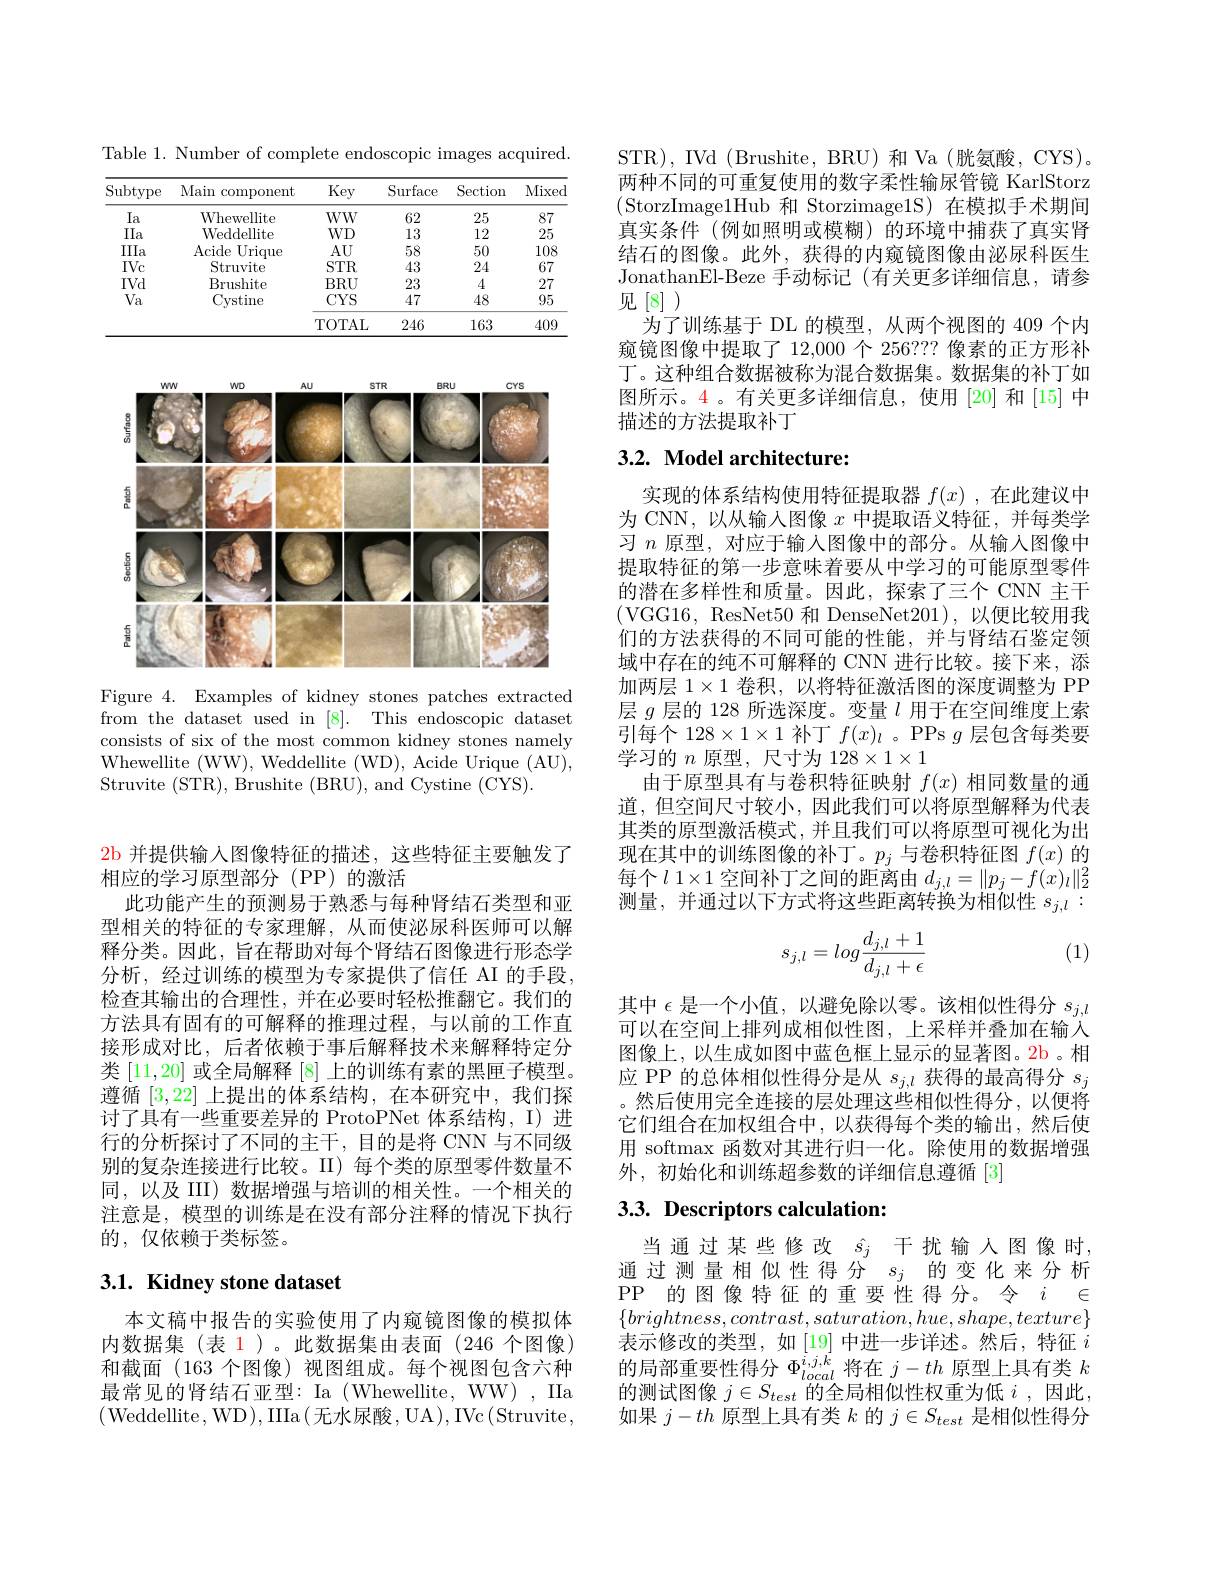
2b 并提供输入图像特征的描述，这些特征主要触发了
相应的学习原型部分(PP)的激活
此功能产生的预测易于熟悉与每种肾结石类型和亚型相关的特征的专家理解，从而使泌尿科医师可以解释分类。因此，旨在帮助对每个肾结石图像进行形态学分析，经过训练的模型为专家提供了信任 AI 的手段， 检查其输出的合理性，并在必要时轻松推翻它。我们的方法具有固有的可解释的推理过程，与以前的工作直接形成对比，后者依赖于事后解释技术来解释特定分类[11,20]或全局解释[8]上的训练有素的黑匣子模型。遵循[3,22]上提出的体系结构，在本研究中，我们探讨了具有一些重要差异的 ProtoPNet 体系结构，I) 进行的分析探讨了不同的主干，目的是将 CNN 与不同级别的复杂连接进行比较。II)每个类的原型零件数量不同，以及 III) 数据增强与培训的相关性。一个相关的注意是，模型的训练是在没有部分注释的情况下执行的，仅依赖于类标签。

# 3.1. Kidney stone dataset

本文稿中报告的实验使用了内窥镜图像的模拟体内数据集 (表 1)。此数据集由表面(246 个图像) 和截面(163 个图像) 视图组成。每个视图包含六种最常见的肾结石亚型：Ia (Whewellite, WW) , IIa (Weddellite,WD),IIIa(无水尿酸，UA),IVc(Struvite,

Table 1. Number of complete endoscopic images acquired.

<table>
	<tbody>
		<tr>
			<th>Subtype</th>
			<th>Main component</th>
			<th>Key</th>
			<th>Surface</th>
			<th>Section</th>
			<th>Mixed</th>
		</tr>
		<tr>
			<td>$Ia$</td>
			<td>Whewellite</td>
			<td>$WW$</td>
			<td>62</td>
			<td>25</td>
			<td>87</td>
		</tr>
		<tr>
			<td>IIa</td>
			<td>Weddellite</td>
			<td>$WD$</td>
			<td>13</td>
			<td>12</td>
			<td>25</td>
		</tr>
		<tr>
			<td>IIIa</td>
			<td>Acide Urique</td>
			<td>$AU$</td>
			<td>58</td>
			<td>50</td>
			<td>108</td>
		</tr>
		<tr>
			<td>IVc</td>
			<td>Struvite</td>
			<td>$STR$</td>
			<td>43</td>
			<td>24</td>
			<td>67</td>
		</tr>
		<tr>
			<td>IVd</td>
			<td>Brushite</td>
			<td>$BRU$</td>
			<td>23</td>
			<td>4</td>
			<td>27</td>
		</tr>
		<tr>
			<td rowspan="2">$Va$</td>
			<td>Cystine</td>
			<td>$CYS$</td>
			<td>47</td>
			<td>48</td>
			<td>95</td>
		</tr>
		<tr>
			<td> </td>
			<td>TOTAL</td>
			<td>246</td>
			<td>163</td>
			<td>409</td>
		</tr>
	</tbody>
</table>

<FigureHere>

Figure 4. Examples of kidney stones patches extracted from the dataset used in [8]. This endoscopic dataset consists of six of the most common kidney stones namely Whewellite (WW),Weddellite (WD),Acide Urique (AU), Struvite (STR), Brushite (BRU), and Cystine (CYS).

STR), IVd (Brushite, BRU) 和 Va (胱氨酸，CYS)。两种不同的可重复使用的数字柔性输尿管镜 KarlStorz (StorzImage1Hub 和 Storzimage1S)在模拟手术期间真实条件 (例如照明或模糊)的环境中捕获了真实肾结石的图像。此外，获得的内窥镜图像由泌尿科医生JonathanEl-Beze 手动标记(有关更多详细信息，请参见[8]
为了训练基于 DL 的模型，从两个视图的 409 个内窥镜图像中提取了 12,000 个 256??? 像素的正方形补丁。这种组合数据被称为混合数据集。数据集的补丁如图所示。4。有关更多详细信息，使用[20]和[15]中描述的方法提取补丁

# 3.2. Model architecture:

实现的体系结构使用特征提取器$f(x)$ ,在此建议中为 CNN, 以从输入图像$x$中提取语义特征，并每类学习$n$原型，对应于输人图像中的部分。从输入图像中提取特征的第一步意味着要从中学习的可能原型零件的潜在多样性和质量。因此，探索了三个 CNN 主干(VGG16, ResNet50 和 DenseNet201),以便比较用我们的方法获得的不同可能的性能，并与肾结石鉴定领域中存在的纯不可解释的 CNN 进行比较。接下来，添加两层$1\times1$卷积，以将特征激活图的深度调整为 PP 层$g$层的 128 所选深度。变量$l$用于在空间维度上索引每个 128$\times1\times1$补丁$f(x)_l$ 。PPs $g$层包含每类要学习的$n$原型，尺寸为 128$\times1\times1$
由于原型具有与卷积特征映射$f(x)$相同数量的通道，但空间尺寸较小，因此我们可以将原型解释为代表其类的原型激活模式，并且我们可以将原型可视化为出现在其中的训练图像的补丁。$p_j$与卷积特征图$f(x)$的每个$l1\times1$ 空间补丁之间的距离由 $d_j,l=\|p_j-f(x)_l\|_2^2$ 测量，并通过以下方式将这些距离转换为相似性$s_{j,l}:$

(1)
$$s_{j,l}=log\frac{d_{j,l}+1}{d_{j,l}+\epsilon}$$
其中$\epsilon$是一个小值，以避免除以零。该相似性得分$s_j,l$ 可以在空间上排列成相似性图，上采样并叠加在输入图像上，以生成如图中蓝色框上显示的显著图。2b。相应 PP 的总体相似性得分是从$s_j,l$获得的最高得分$s_j$ 。然后使用完全连接的层处理这些相似性得分，以便将它们组合在加权组合中，以获得每个类的输出，然后使用 softmax 函数对其进行归一化。除使用的数据增强外，初始化和训练超参数的详细信息遵循[3]

# $3. 3. \textbf{Descriptors calculation: }$

当通过某些修改$\hat{s}_j$干扰输人图像时， 通过测量相似性得分$s_j$的变化来分析PP 的图像特征的重要性得分。令$i\in$ $\{brightness,contrast,saturation,hue,shape,texture\}$ 表示修改的类型，如[19]中进一步详述。然后，特征$i$ 的局部重要性得分$\Phi_local^{i,j,k}$将在$j-th$原型上具有类$k$ 的测试图像 $j\in S_{test}$ 的全局相似性权重为低 $i$,因此， 如果$j-th$原型上具有类$k$的$j\in S_test$是相似性得分